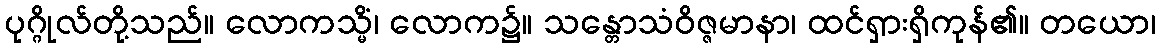
ပုဂ္ဂိုလ်တို့သည်။ လောကသ္မိံ၊ လောက၌။ သန္တောသံဝိဇ္ဇမာနာ၊ ထင်ရှားရှိကုန်၏။ တယော၊